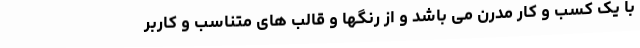
با یک کسب و کار مدرن می باشد و از رنگها و قالب های متناسب و کاربر